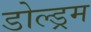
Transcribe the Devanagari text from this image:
डोल्ड्रम